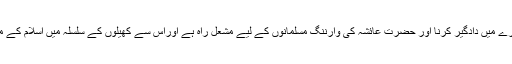
حضرات صحابہ کا لہوولعب کے بارے میں دادگیر کرنا اور حضرت عائشہؓ کی وارننگ مسلمانوں کے لیے مشعل راہ ہے اوراس سے کھیلوں کے سلسلہ میں اسلام کے مزاج کو سمجھنے میں مدد ملتی ہے۔